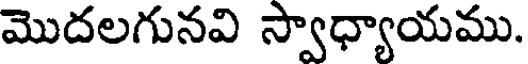
మొదలగునవి స్వాధ్యాయము.